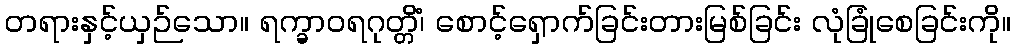
တရားနှင့်ယှဉ်သော။ ရက္ခာဝရဂုတ္တိံ၊ စောင့်ရှောက်ခြင်းတားမြစ်ခြင်း လုံခြုံစေခြင်းကို။